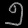
Digit: ၅